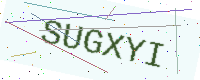
Text: SUGXYI